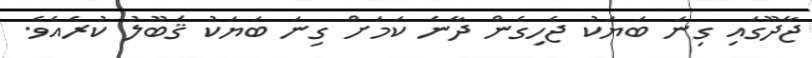
ޖާދޫގައި ގިނަ ބަޔަކު ޖެހިގެން ދާނެ ކަމަށް ގިނަ ބަޔަކު ޤަބޫލު ކުރެއެވެ.